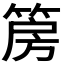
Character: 𮅝